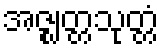
အဇ္ဈတ္တသုတ္တံ